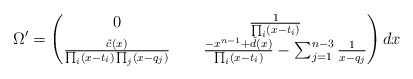
\begin{align*}\Omega'=\begin{pmatrix}0&\frac{1}{\prod_i(x-t_i)}\\ \frac{\tilde{c}(x)}{\prod_i(x-t_i)\prod_j(x-q_j)}&\hskip0.5cm\frac{-x^{n-1}+\tilde{d}(x)}{\prod_i(x-t_i)}-\sum_{j=1}^{n-3}\frac{1}{x-q_j}\end{pmatrix}dx\end{align*}